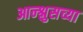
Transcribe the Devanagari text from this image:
आन्श्लुसच्या